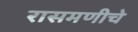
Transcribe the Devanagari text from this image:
रासमणीचे